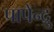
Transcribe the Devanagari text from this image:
पापेन्द्रु